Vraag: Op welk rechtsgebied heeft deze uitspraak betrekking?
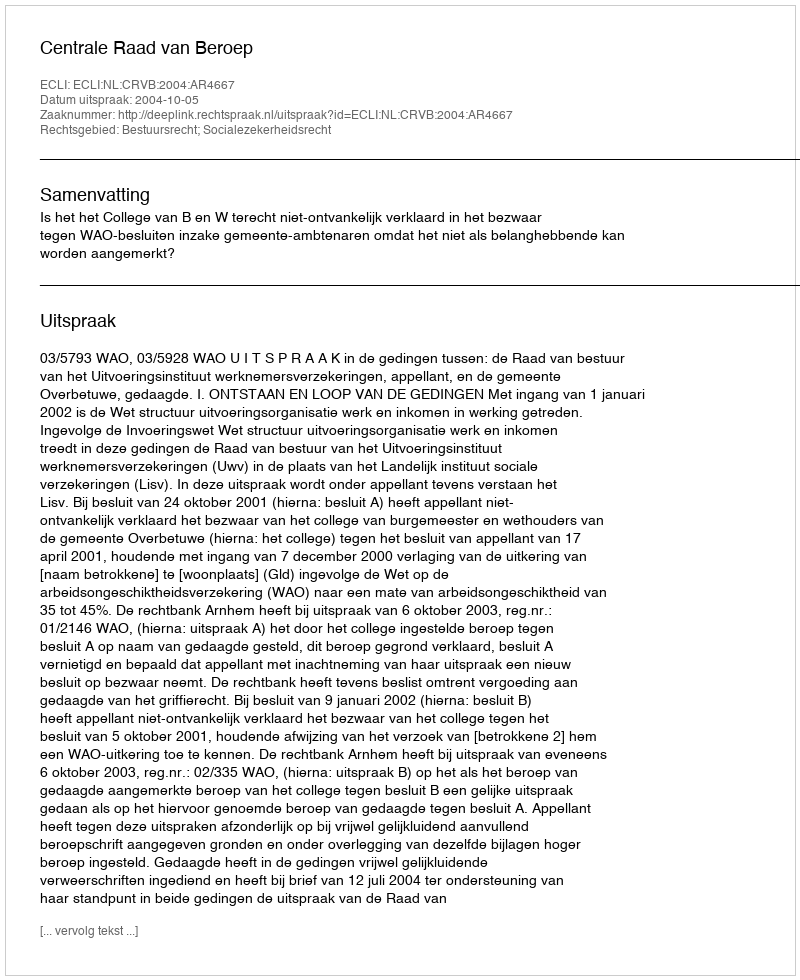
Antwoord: Bestuursrecht; Socialezekerheidsrecht